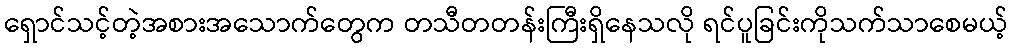
ရှောင်သင့်တဲ့အစားအသောက်တွေက တသီတတန်းကြီးရှိနေသလို ရင်ပူခြင်းကိုသက်သာစေမယ့်